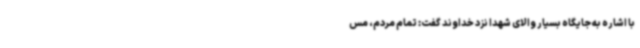
با اشاره به جایگاه بسیار والای شهدا نزد خداوند گفت: تمام مردم، مس